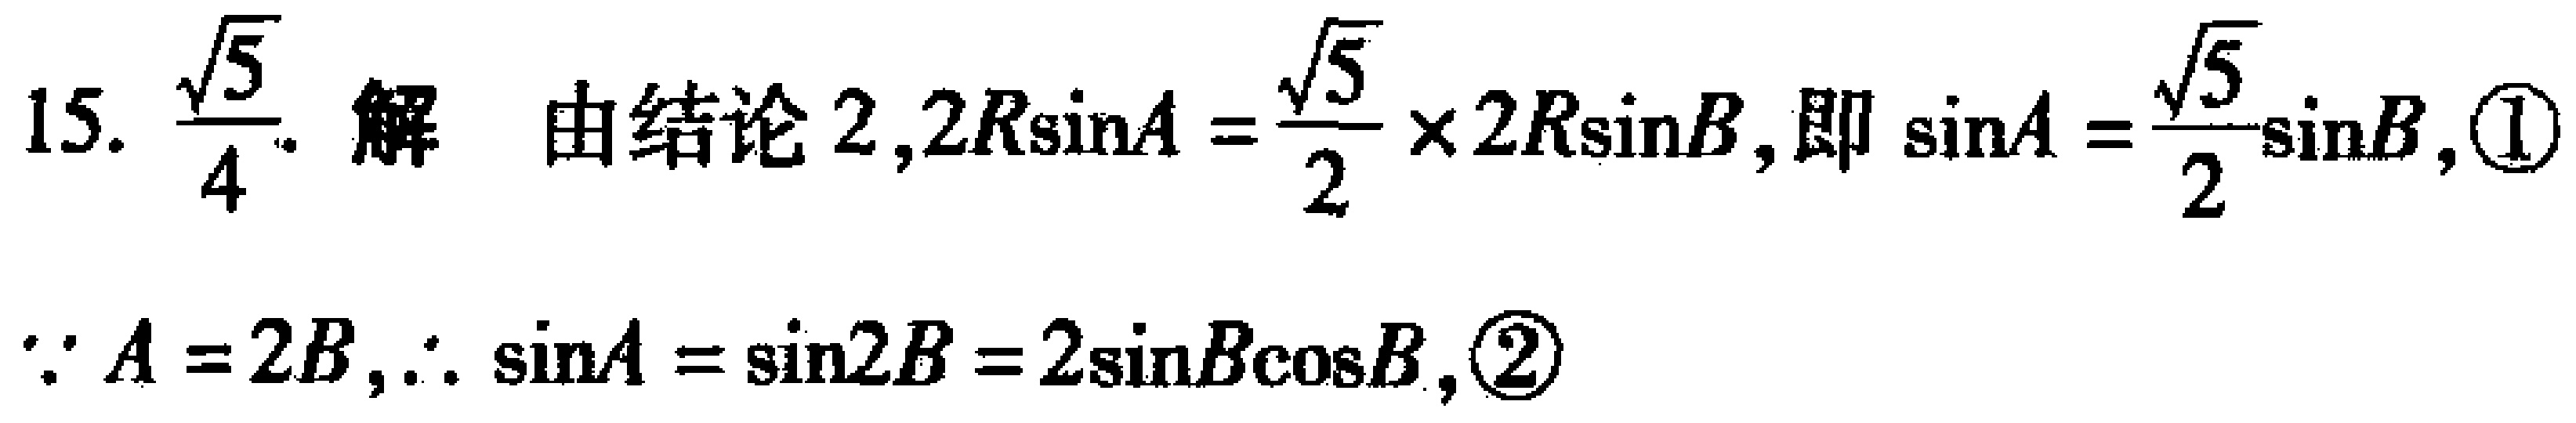
15. $\frac{\sqrt{5}}{4}$. 解 由结论 2,$2R\sin A = \frac{\sqrt{5}}{2} \times 2R\sin B$, 即 $\sin A = \frac{\sqrt{5}}{2}\sin B$, \textcircled{1}
$\because A = 2B,\therefore \sin A = \sin 2B = 2\sin B\cos B$, \textcircled{2}